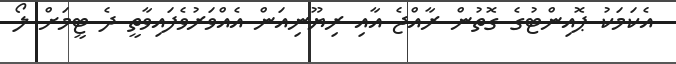
އެކަމަކު ޕޮއިންޓުގެ ގޮތުން ރާއްޖެ އާއި ރިޔޫނިއަން އެއްވަރުވެފައިވާތީ ދެ ޓީމަށް ލޯ